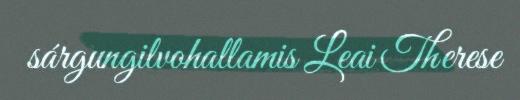
sárgungilvohallamis Leai Therese